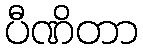
ပီဏိတာ